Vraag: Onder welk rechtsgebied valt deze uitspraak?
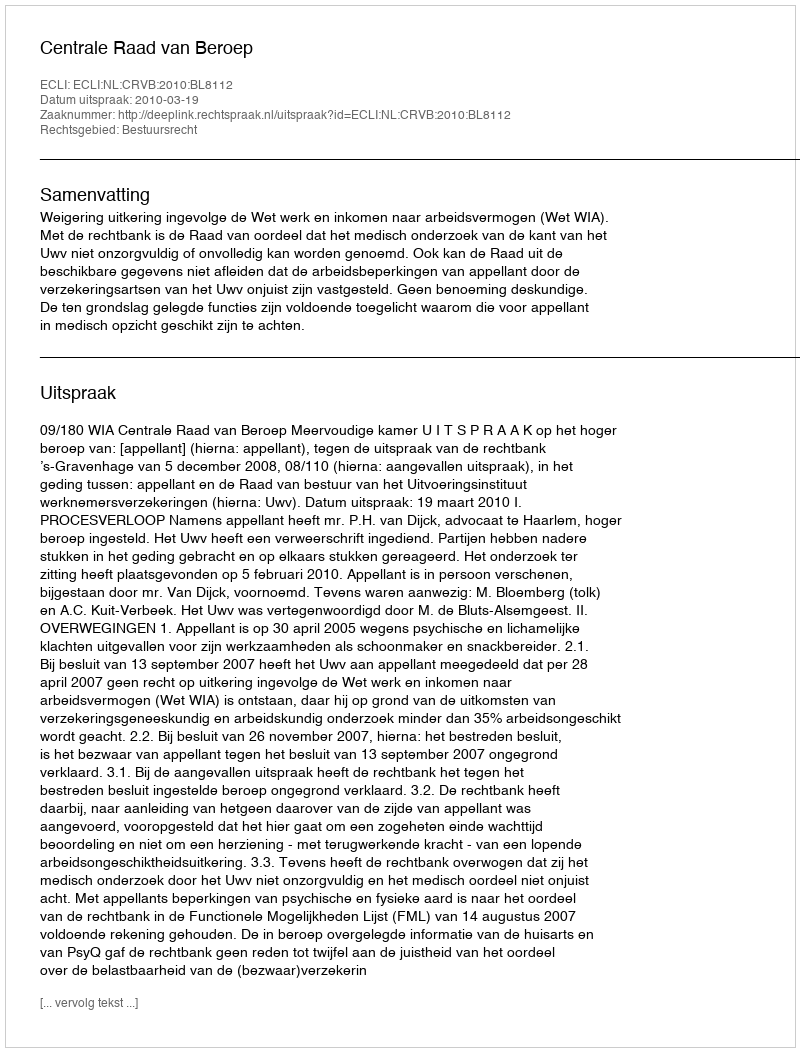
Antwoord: Bestuursrecht